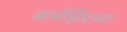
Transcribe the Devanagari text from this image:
बायेझिदच्या